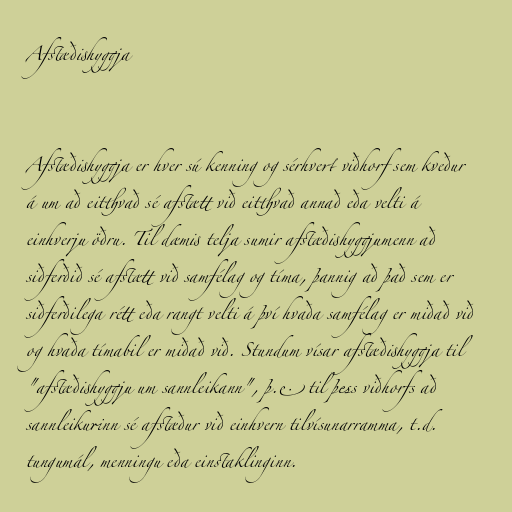
Afstæðishyggja

Afstæðishyggja er hver sú kenning og sérhvert viðhorf sem kveður
á um að eitthvað sé afstætt við eitthvað annað eða velti á
einhverju öðru. Til dæmis telja sumir afstæðishyggjumenn að
siðferðið sé afstætt við samfélag og tíma, þannig að það sem er
siðferðilega rétt eða rangt velti á því hvaða samfélag er miðað við
og hvaða tímabil er miðað við. Stundum vísar afstæðishyggja til
"afstæðishyggju um sannleikann", þ.e. til þess viðhorfs að
sannleikurinn sé afstæður við einhvern tilvísunarramma, t.d.
tungumál, menningu eða einstaklinginn.